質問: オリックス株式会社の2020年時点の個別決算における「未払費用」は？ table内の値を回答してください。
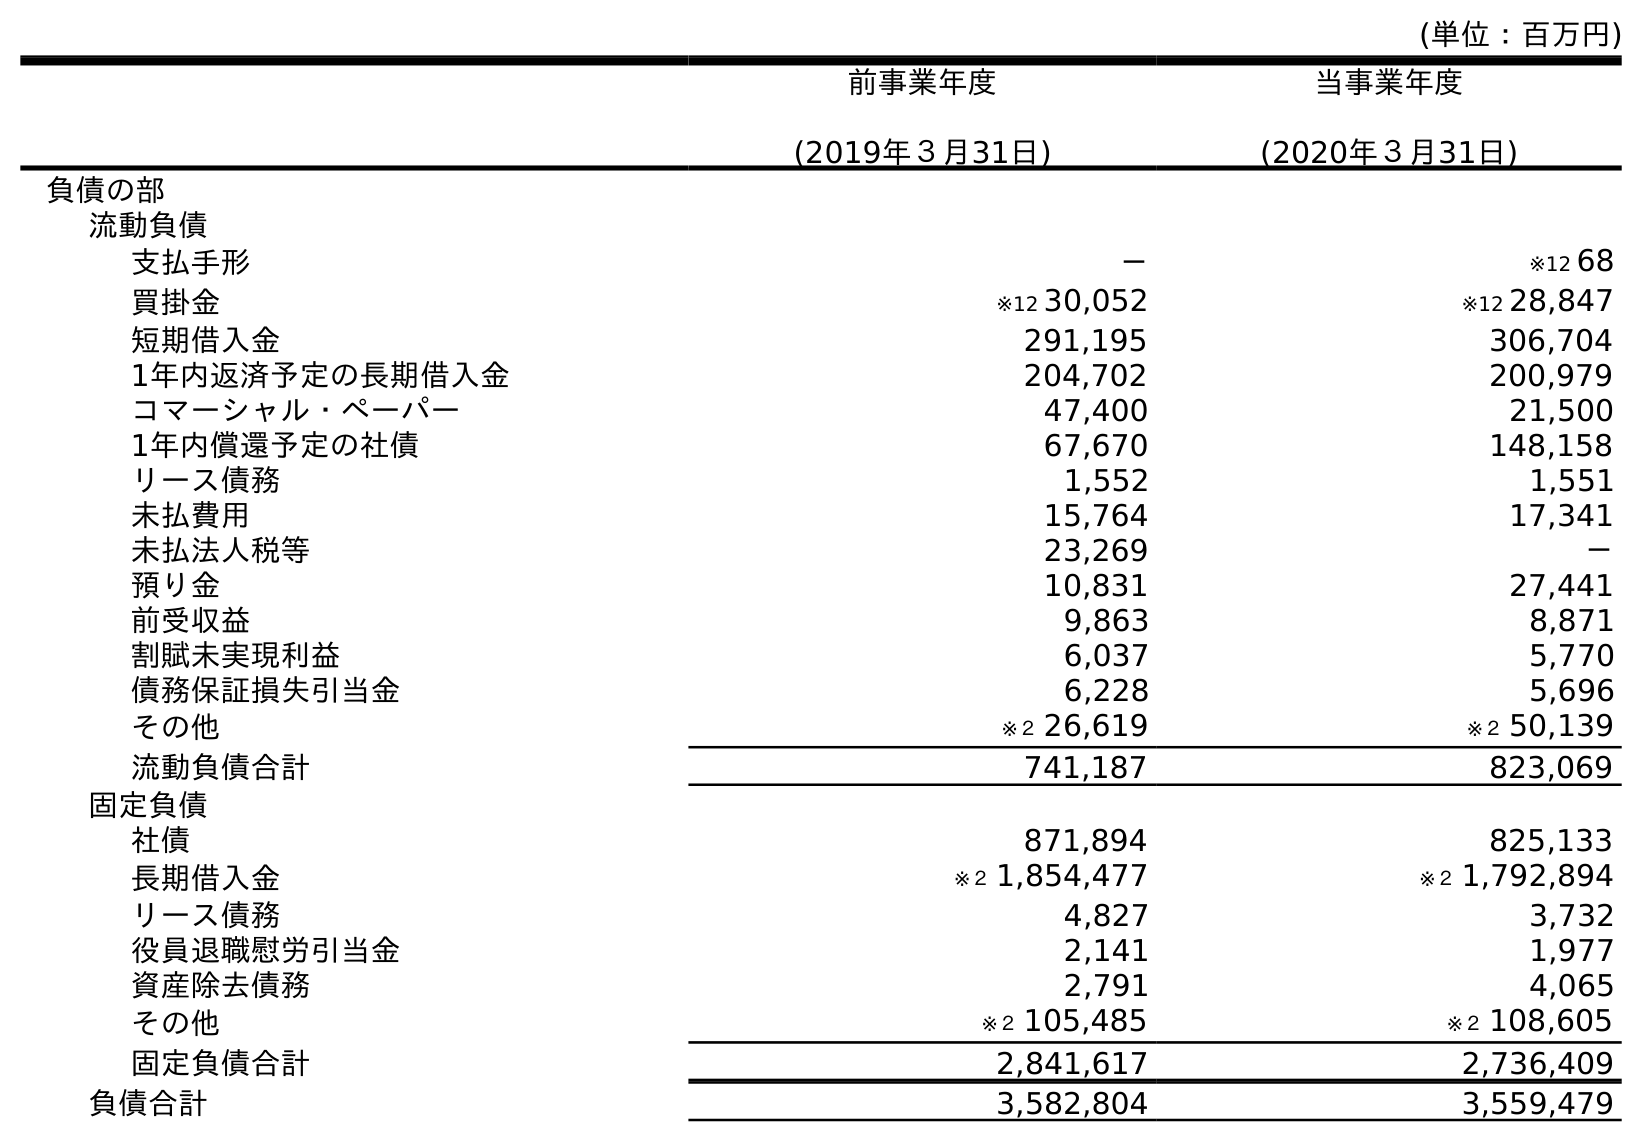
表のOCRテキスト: (単位：百万円) 前事業年度 (2019年３月31日) 当事業年度 (2020年３月31日) 負債の部 流動負債 支払手形 － ※12 68 買掛金 ※12 30,052 ※12 28,847 短期借入金 291,195 306,704 1年内返済予定の長期借入金 204,702 200,979 コマーシャル・ペーパー 47,400 21,500 1年内償還予定の社債 67,670 148,158 リース債務 1,552 1,551 未払費用 15,764 17,341 未払法人税等 23,269 － 預り金 10,831 27,441 前受収益 9,863 8,871 割賦未実現利益 6,037 5,770 債務保証損失引当金 6,228 5,696 その他 ※２ 26,619 ※２ 50,139 流動負債合計 741,187 823,069 固定負債 社債 871,894 825,133 長期借入金 ※２ 1,854,477 ※２ 1,792,894 リース債務 4,827 3,732 役員退職慰労引当金 2,141 1,977 資産除去債務 2,791 4,065 その他 ※２ 105,485 ※２ 108,605 固定負債合計 2,841,617 2,736,409 負債合計 3,582,804 3,559,479
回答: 17,341